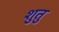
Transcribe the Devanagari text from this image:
शुतु